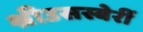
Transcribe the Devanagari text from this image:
श्रीउसस्बेर्री